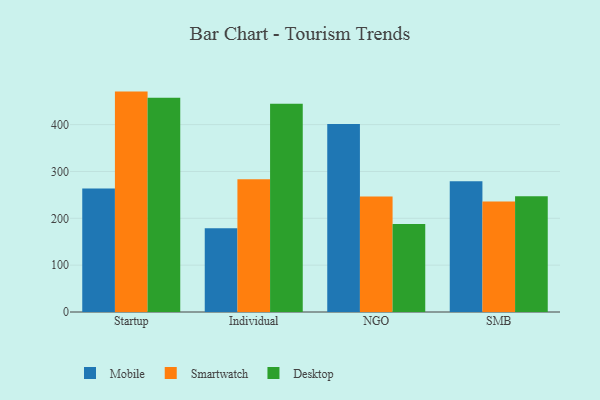
{"axis": {"x": "Segment", "y": "Customer Acquisition Cost (USD)"}, "legend": ["Desktop", "Mobile", "Smartwatch"], "data": [{"x": "Startup", "y": 263.4, "type": "Mobile"}, {"x": "Startup", "y": 470.5, "type": "Smartwatch"}, {"x": "Startup", "y": 457.6, "type": "Desktop"}, {"x": "Individual", "y": 178.9, "type": "Mobile"}, {"x": "Individual", "y": 283.2, "type": "Smartwatch"}, {"x": "Individual", "y": 444.3, "type": "Desktop"}, {"x": "NGO", "y": 401.1, "type": "Mobile"}, {"x": "NGO", "y": 246.5, "type": "Smartwatch"}, {"x": "NGO", "y": 187.8, "type": "Desktop"}, {"x": "SMB", "y": 279.3, "type": "Mobile"}, {"x": "SMB", "y": 235.8, "type": "Smartwatch"}, {"x": "SMB", "y": 247.0, "type": "Desktop"}]}